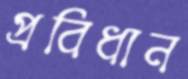
প্রবিধান